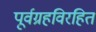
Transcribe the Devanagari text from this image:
पूर्वग्रहविरहित